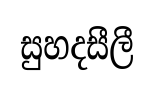
සුහදසීලී